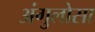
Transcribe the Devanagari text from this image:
अंगुलोसा